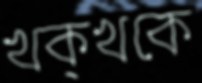
খক্‌খকে